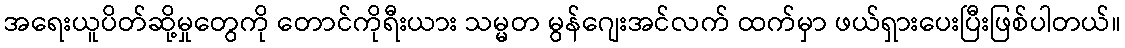
အရေးယူပိတ်ဆို့မှုတွေကို တောင်ကိုရီးယား သမ္မတ မွန်ဂျေးအင်လက် ထက်မှာ ဖယ်ရှားပေးပြီးဖြစ်ပါတယ်။